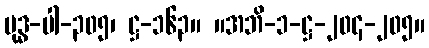
ဗုဒ္ဓ-ပါ-၃၀၅၊ ဋ္ဌ-၁၆၃။ ။အဘိ-၁-ဋ္ဌ-၂၀၄-၂၀၅။